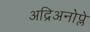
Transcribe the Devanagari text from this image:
अद्रिअनोप्ले